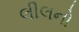
લીલનો